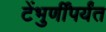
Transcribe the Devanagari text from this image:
टेंभुर्णींपर्यंत